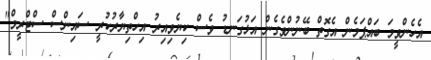
އެހެންވީމަ ބައްޕަމެން އެގޮތް ބޭނުންވެގެން އަޅުގަނޑު ވެސް ކިޔެވިއިރު އިހްތިޔާރުކުރީ ސައިންސް ސްޓްރީމް"